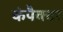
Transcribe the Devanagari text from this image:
कंपैक्टर